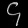
Digit: ၄